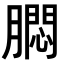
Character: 𬛗